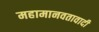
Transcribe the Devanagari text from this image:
महामानवतावादी